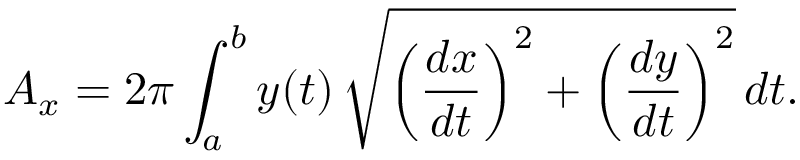
A _ { x } = 2 \pi \int _ { a } ^ { b } y ( t ) \, { \sqrt { \left( { \frac { d x } { d t } } \right) ^ { 2 } + \left( { \frac { d y } { d t } } \right) ^ { 2 } } } \, d t .